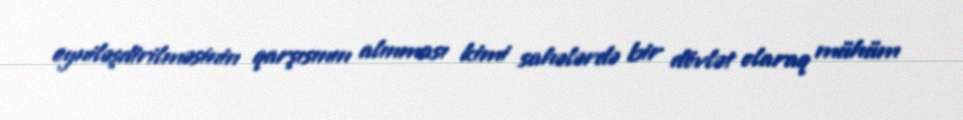
eyniləşdirilməsinin qarşısının alınması kimi sahələrdə bir dövlət olaraq mühüm